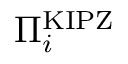
\Pi _ { i } ^ { \mathrm { K I P Z } }